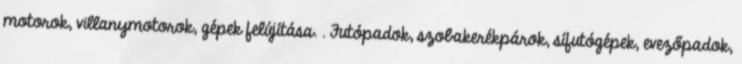
motorok, villanymotorok, gépek felújítása. . Futópadok, szobakerékpárok, sífutógépek, evezőpadok,